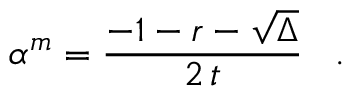
\alpha ^ { m } = \frac { - 1 - r - \sqrt { \Delta } } { 2 \, t } \; \; \; .